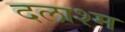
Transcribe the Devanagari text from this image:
दलाश्म